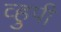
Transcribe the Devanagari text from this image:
व्हुपी